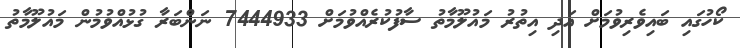
ކޯހުގައި ބައިވެރިވުމަށް އަދި އިތުރު މައުލޫމާތު ސާފުކުރެއްވުމަށް 7444933 ނަންބަރާ ގުޅުއްވުމުން މައުލޫމާތު